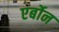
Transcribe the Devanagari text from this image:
एर्बोन